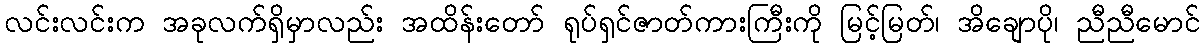
လင်းလင်းက အခုလက်ရှိမှာလည်း အထိန်းတော် ရုပ်ရှင်ဇာတ်ကားကြီးကို မြင့်မြတ်၊ အိချောပို၊ ညီညီမောင်